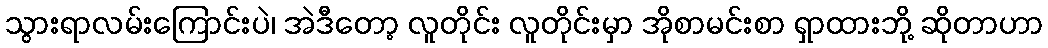
သွားရာလမ်းကြောင်းပဲ၊ အဲဒီတော့ လူတိုင်း လူတိုင်းမှာ အိုစာမင်းစာ ရှာထားဘို့ ဆိုတာဟာ